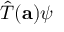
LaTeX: { \hat { T } } ( \mathbf { a } ) \psi